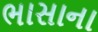
ભાસાના